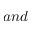
a n d